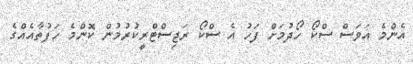
އެންމެ އަވަސް ސްކޯ ހޯދުމަށް ފަހު އެ ސްކޯ ރަޖިސްޓްރީކުރުމުން ކޮންމެ ހަފުތާއެއްގެ